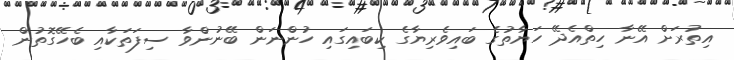
އިތުރަށް އޭނާ ހިތްއެދޭ ހަޔާތުގެ ބައިވެރިޔާގެ ކިބައިގައި ހުންނަން ބޭނުންވާ ސިފަތަކާއި ބެހޭގޮތުން